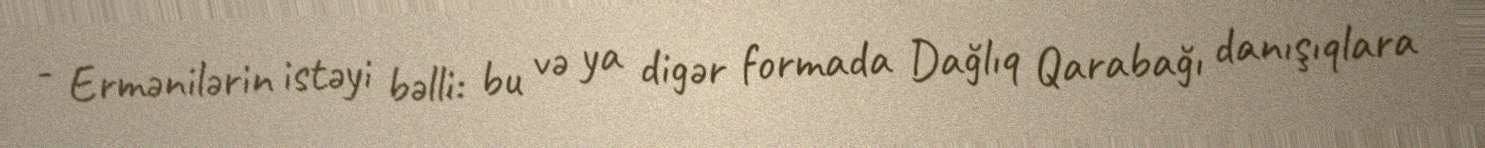
- Ermənilərin istəyi bəlli: bu və ya digər formada Dağlıq Qarabağı danışıqlara